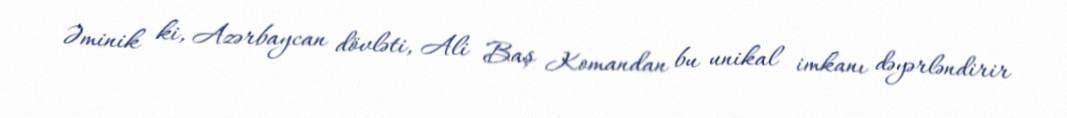
Əminik ki, Azərbaycan dövləti, Ali Baş Komandan bu unikal imkanı dəyərləndirir